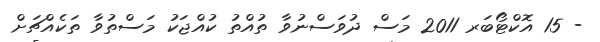
- 15 އޮކްޓޯބަރ 2011 މަސް ދުވަސްނުވާ ތުއްތު ކުއްޖަކު މަސްތުވާ ތަކެއްޗަށް